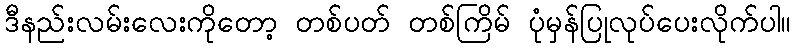
ဒီနည်းလမ်းလေးကိုတော့ တစ်ပတ် တစ်ကြိမ် ပုံမှန်ပြုလုပ်ပေးလိုက်ပါ။